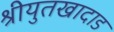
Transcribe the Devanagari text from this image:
श्रीयुतखादाड